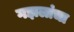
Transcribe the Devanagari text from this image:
गझलांचा